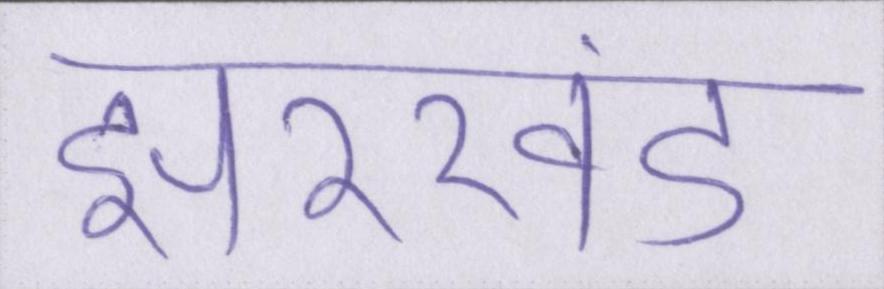
झारखंड